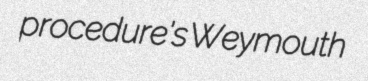
procedure's Weymouth